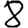
Digit: 8